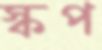
স্কপ